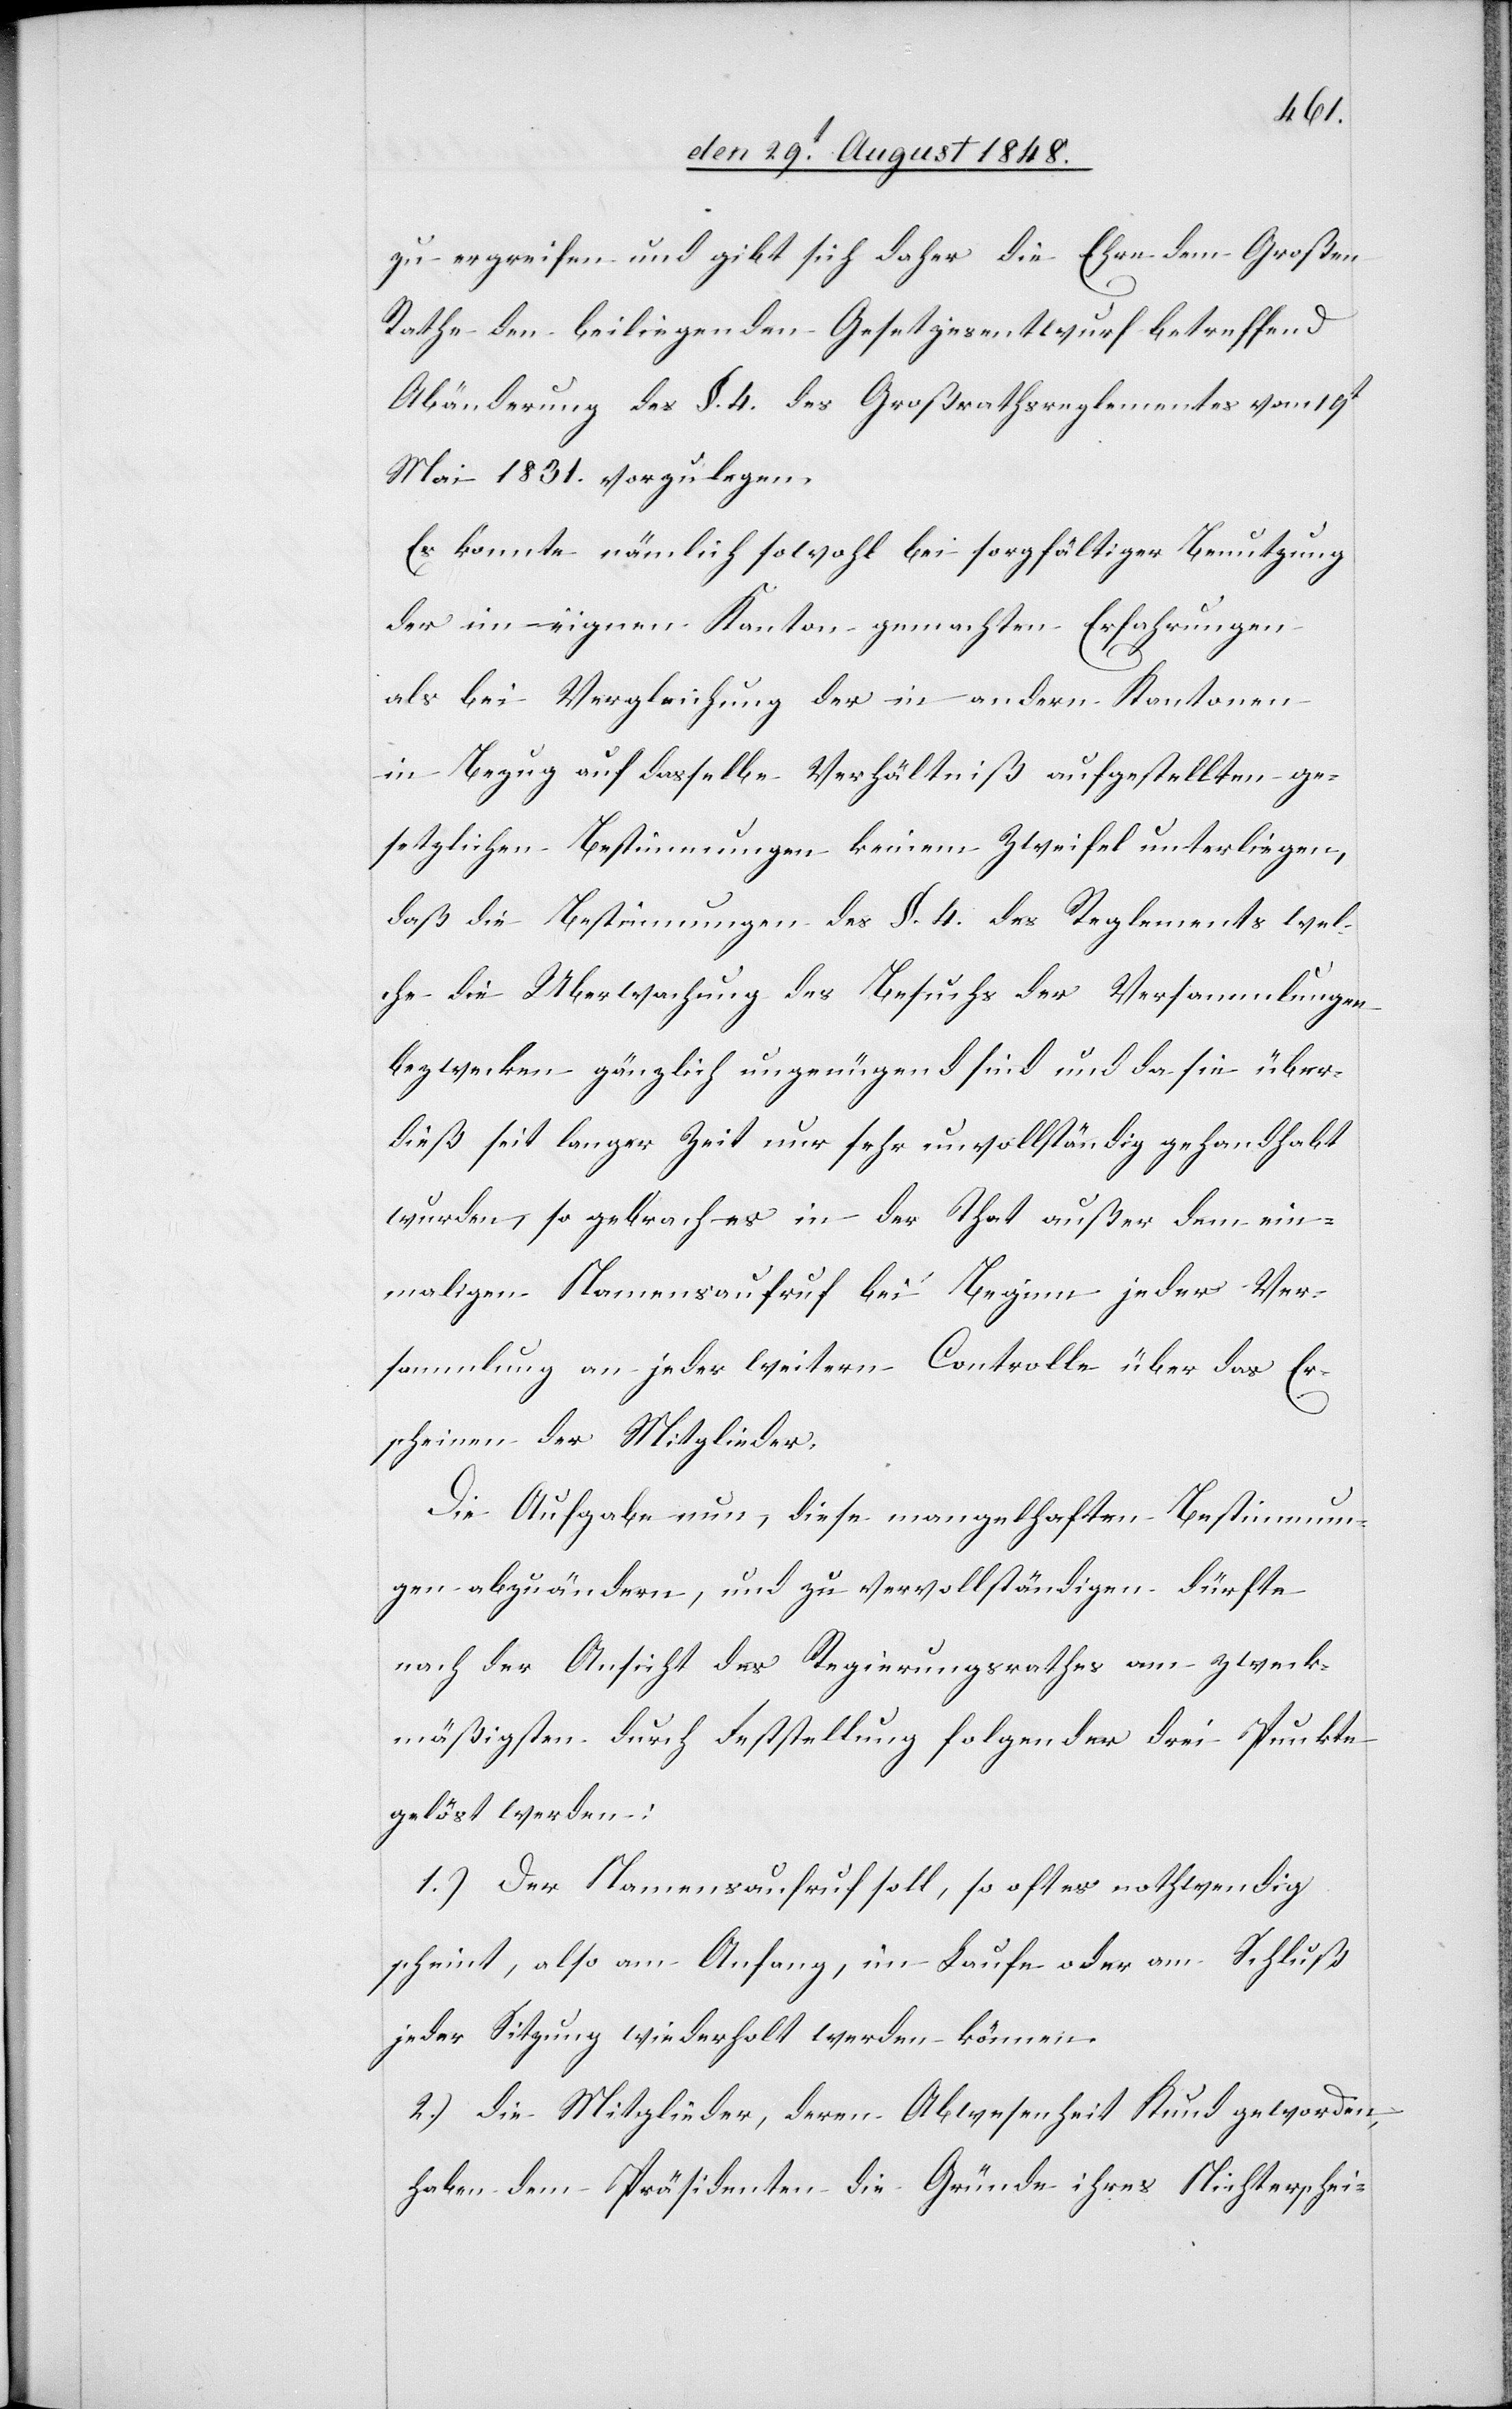
zu ergreifen und gibt sich daher die Ehre dem Großen
Rathe den beiliegenden Gesetzesentwurf betreffend
Abänderung des §. 4. des Großrathsreglementes vom 19t
Mai 1831. vorzulegen.
Es konnte nämlich sowohl bei sorgfältiger Benutzung
der im eignen Kanton gemachten Erfahrungen
als bei Vergleichung der in andern Kantonen
in Bezug auf dasselbe Verhältniß aufgestellten ge¬
setzlichen Bestimmungen keinem Zweifel unterliegen,
daß die Bestimmungen des §. 4. des Reglements wel¬
che die Uberwachung [sic!] des Besuchs der Versammlungen
bezwecken gänzlich ungenügend sind und da sie über¬
dieß seit langer Zeit nur sehr unvollständig gehandhabt
wurden, so gebrach es in der That außer dem ein¬
mahligen Namensaufruf bei Beginn jeder Ver¬
sammlung an jeder weitern Controlle über das Er¬
scheinen der Mitglieder.
Die Aufgabe nun, diese mangelhaften Bestimmun¬
gen abzuändern, und zu vervollständigen dürfte
nach der Ansicht des Regierungsrathes am zweck¬
mäßigsten durch Feststellung folgender drei Punkte
gelöst werden:
1.) Der Namensaufruf soll, so oft es nothwendig
scheint, also am Anfang, im Laufe oder am Schluß
jeder Sitzung wiederholt werden können.
2.) die Mitglieder, deren Abwesenheit Kund geworden,
haben dem Präsidenten die Gründe ihres Nichterschei-